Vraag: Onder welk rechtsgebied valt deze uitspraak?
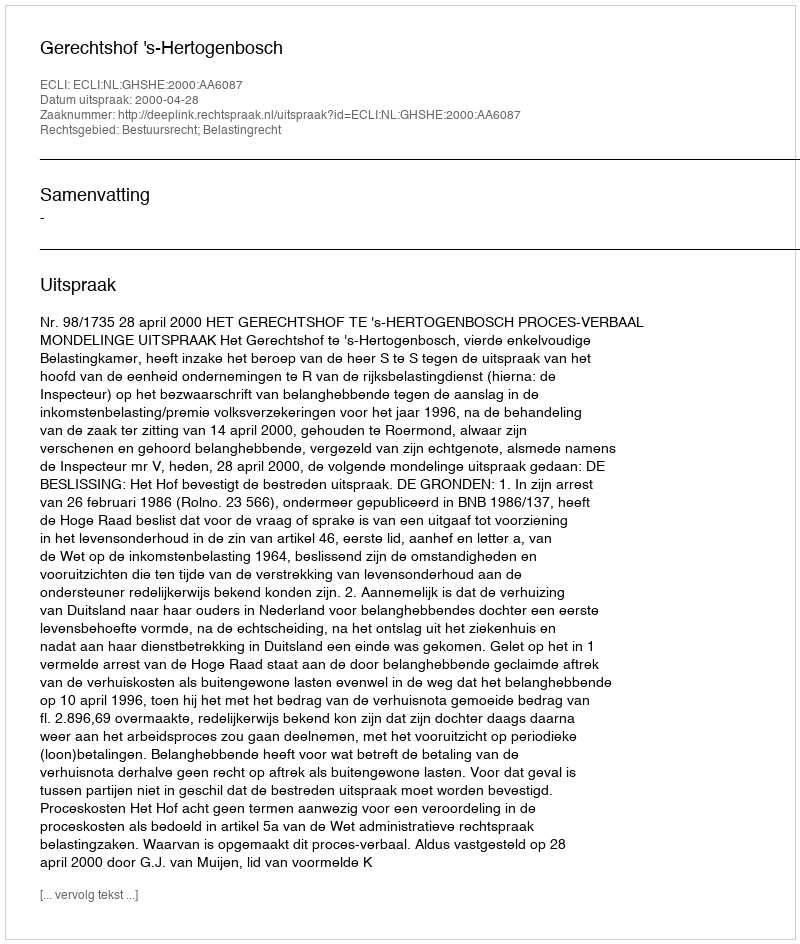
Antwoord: Bestuursrecht; Belastingrecht